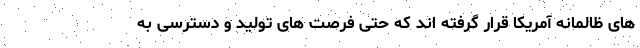
های ظالمانه آمریکا قرار گرفته اند که حتی فرصت های تولید و دسترسی به